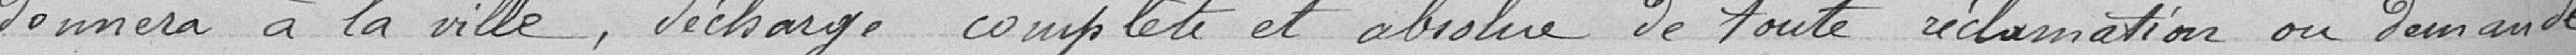
donnera à la Ville, décharge complète et absolue de toute réclamation ou demande